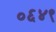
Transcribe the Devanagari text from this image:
०६४९